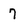
Character: 7